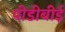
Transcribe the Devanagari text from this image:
पीडीबीई